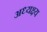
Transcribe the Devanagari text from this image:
अध्यक्ष्य